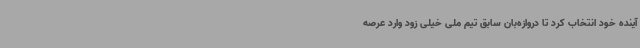
آینده خود انتخاب کرد تا دروازه‌بان سابق تیم ملی خیلی زود وارد عرصه